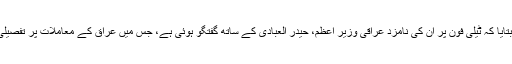
صدر اوباما نے بتایا کہ ٹیلی فون پر اُن کی نامزد عراقی وزیر اعظم، حیدر العبادی کے ساتھ گفتگو ہوئی ہے، جس میں عراق کے معاملات پر تفصیلی بات چیت ہوئی۔